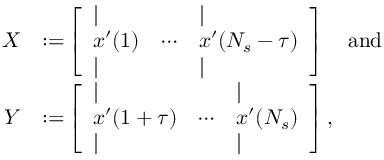
\begin{array} { r l } { X } & { { : = } \left[ \begin{array} { l l l } { \vert } & & { \vert } \\ { x ^ { \prime } ( 1 ) } & { \cdots } & { x ^ { \prime } ( N _ { s } - \tau ) } \\ { \vert } & & { \vert } \end{array} \right] \quad \mathrm { a n d } } \\ { Y } & { { : = } \left[ \begin{array} { l l l } { \vert } & & { \vert } \\ { x ^ { \prime } ( 1 + \tau ) } & { \cdots } & { x ^ { \prime } ( N _ { s } ) } \\ { \vert } & & { \vert } \end{array} \right] , } \end{array}